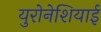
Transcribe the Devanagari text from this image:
युरोनेशियाई